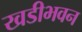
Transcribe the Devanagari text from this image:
खडीभवन